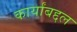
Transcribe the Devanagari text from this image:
कार्यांबद्दल